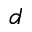
d